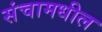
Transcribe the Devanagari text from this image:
संचामधील